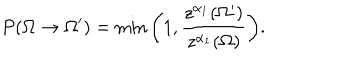
P ( \Omega \rightarrow \Omega ^ { \prime } ) = \min \bigg ( 1 , \frac { z ^ { \alpha _ { 1 } } ( \Omega ^ { \prime } ) } { z ^ { \alpha _ { 1 } } ( \Omega ) } \bigg ) .